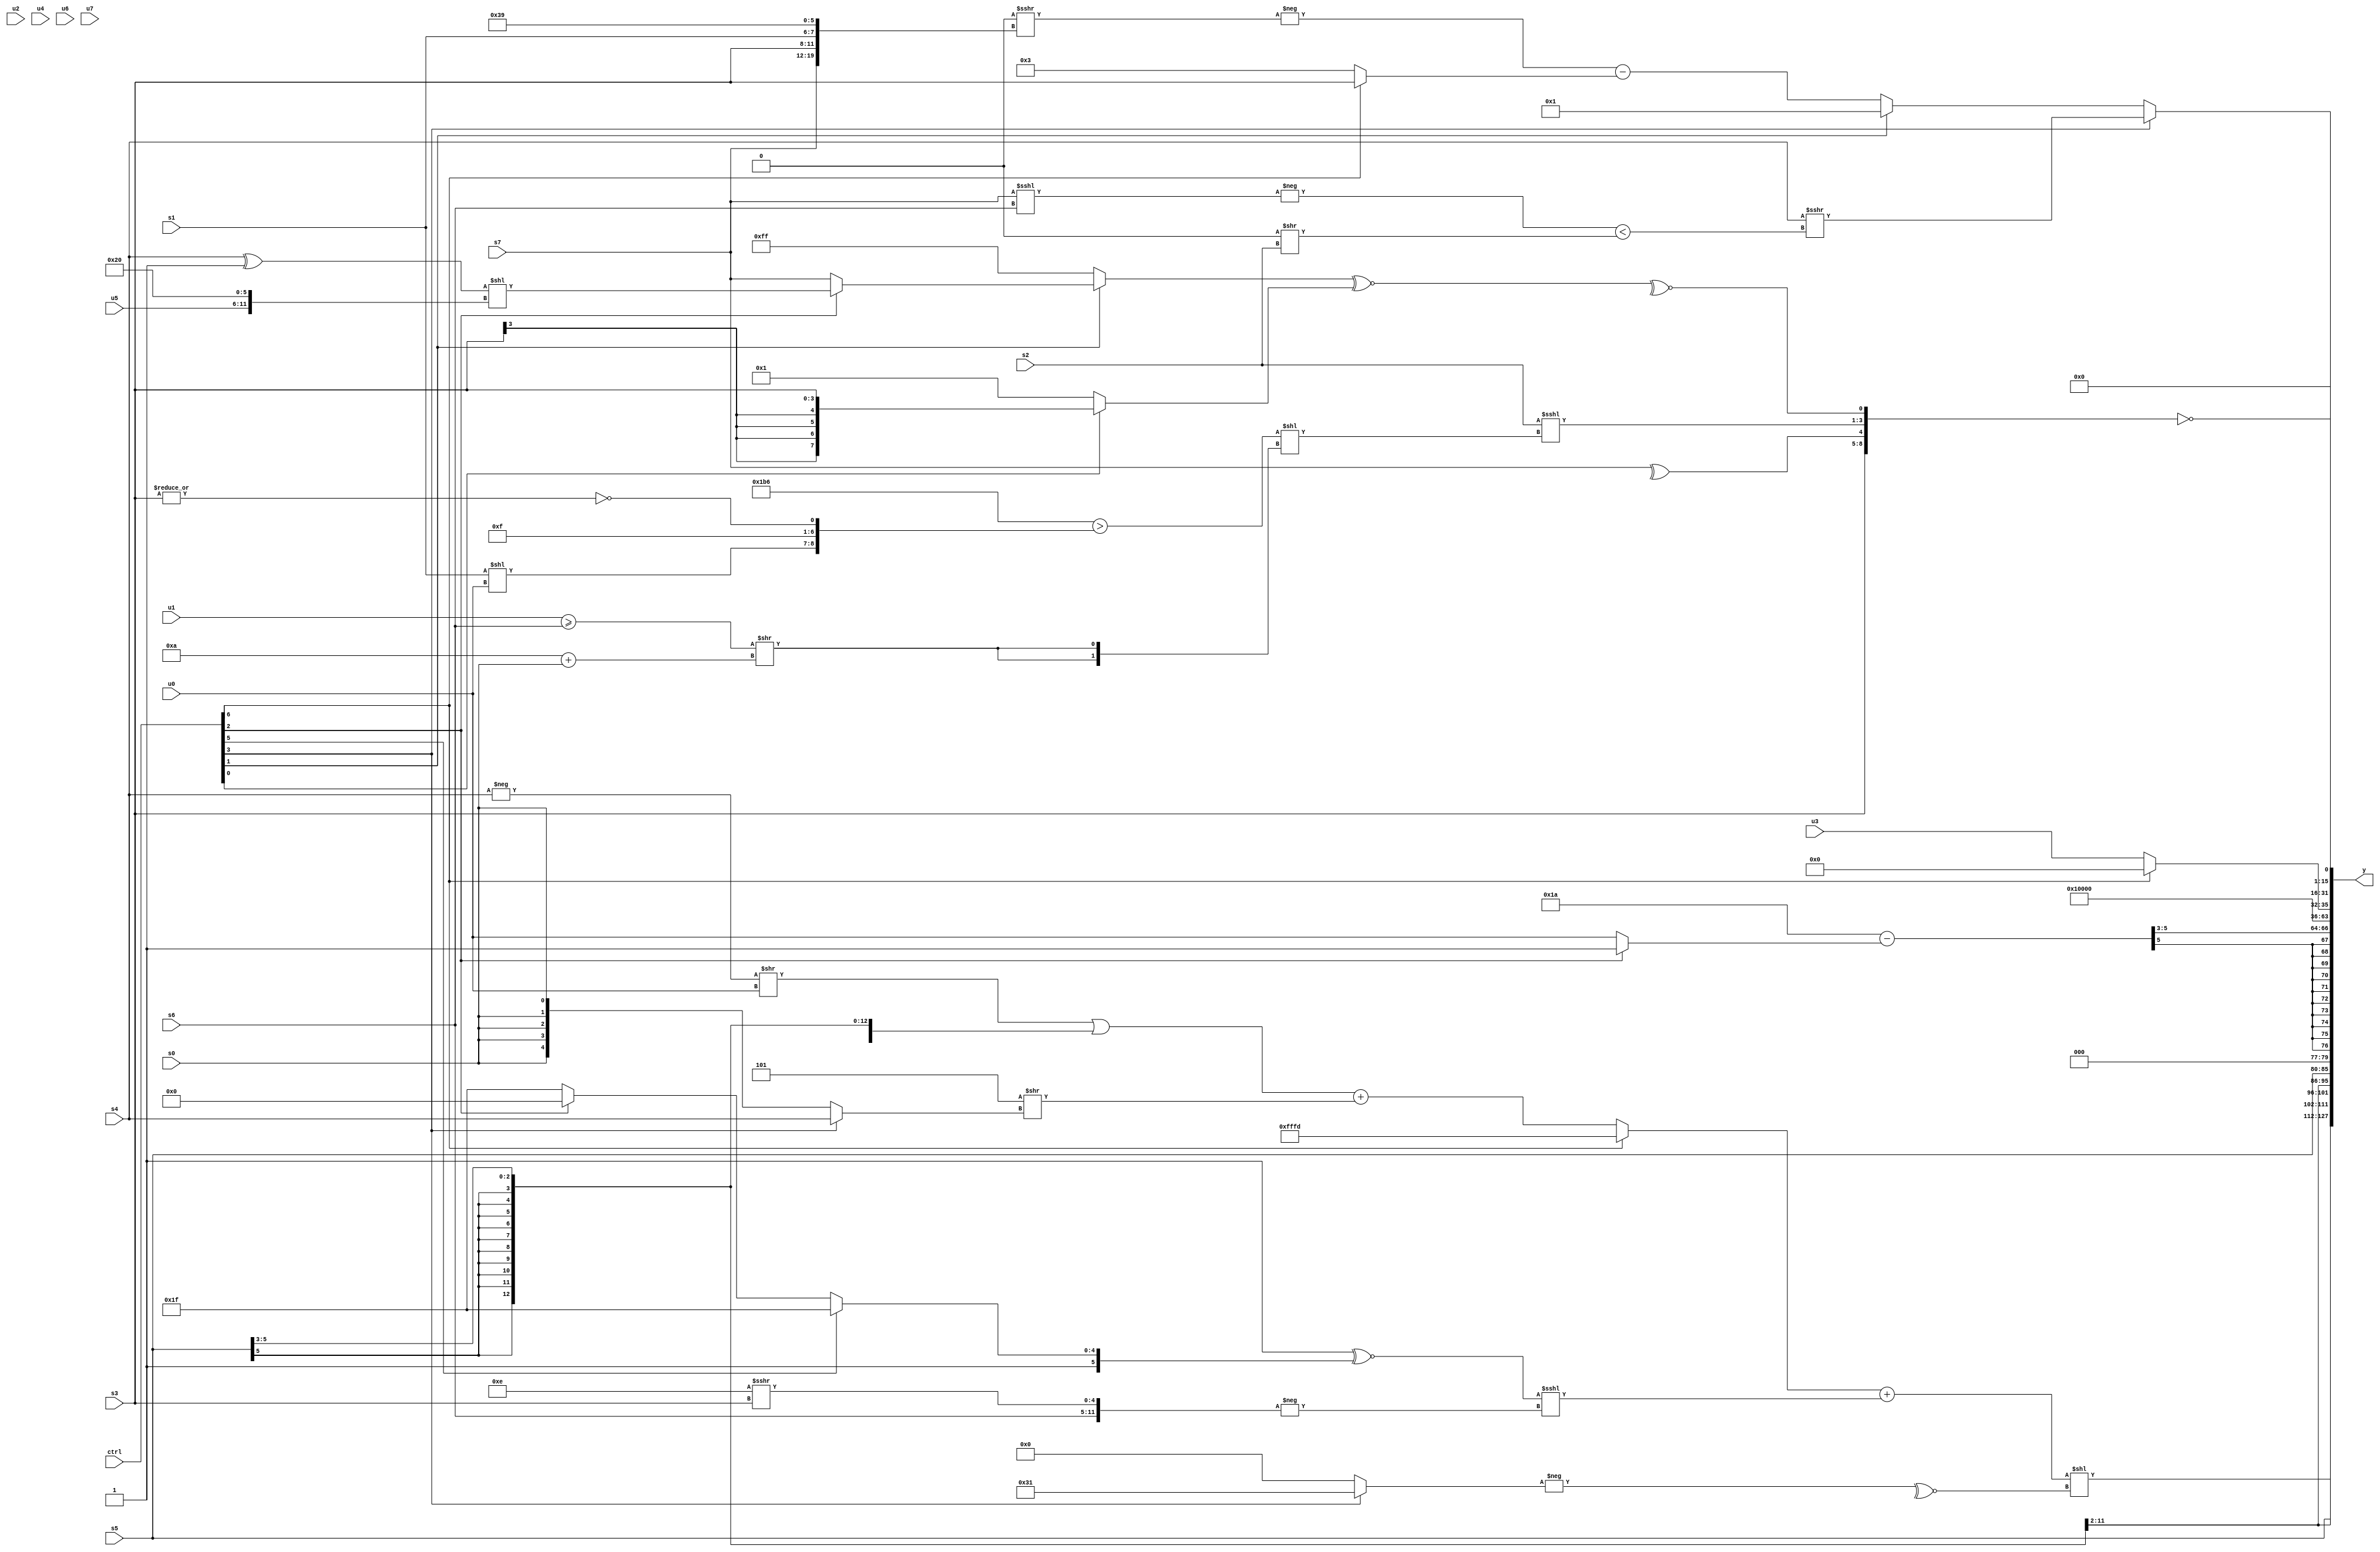
module wideexpr_00969(ctrl, u0, u1, u2, u3, u4, u5, u6, u7, s0, s1, s2, s3, s4, s5, s6, s7, y);
  input [7:0] ctrl;
  input [0:0] u0;
  input [1:0] u1;
  input [2:0] u2;
  input [3:0] u3;
  input [4:0] u4;
  input [5:0] u5;
  input [6:0] u6;
  input [7:0] u7;
  input signed [0:0] s0;
  input signed [1:0] s1;
  input signed [2:0] s2;
  input signed [3:0] s3;
  input signed [4:0] s4;
  input signed [5:0] s5;
  input signed [6:0] s6;
  input signed [7:0] s7;
  output [127:0] y;
  wire [15:0] y0;
  wire [15:0] y1;
  wire [15:0] y2;
  wire [15:0] y3;
  wire [15:0] y4;
  wire [15:0] y5;
  wire [15:0] y6;
  wire [15:0] y7;
  assign y = {y0,y1,y2,y3,y4,y5,y6,y7};
  assign y0 = (((ctrl[6]?3'sb101:(((-(s4))>>(u0))|((s5)>>(2'sb11)))+((-(3'sb011))>>((ctrl[3]?$signed(s4):s0)))))+($signed(((1'sb1)^~((ctrl[5]?-(6'sb000001):(ctrl[2]?6'sb100000:1'sb1))))<<<(-({-(1'sb0),s6,(5'b01110)>>>(s3)})))))<<(~^(-((ctrl[3]?6'sb110001:-(({3{1'b0}})|((3'sb000)==(2'sb01)))))));
  assign y1 = s5;
  assign y2 = s5;
  assign y3 = (({5'sb11010})-((ctrl[2]?1'b1:u0)))>>>(2'sb11);
  assign y4 = (2'sb01)<<<((6'b100001)<<(4'sb0010));
  assign y5 = $unsigned((ctrl[6]?&(2'sb10):u3));
  assign y6 = (ctrl[3]?(s4)>>>(($signed(-((s7)<<<(s6))))<($signed(+((1'sb0)>>(s2))))):(ctrl[1]?2'sb01:(-((3'sb000)>>>({s7,s3,s1,6'sb111001})))-((ctrl[6]?s3:4'sb0011))));
  assign y7 = !({s3,+(^(s7)),(s2)<<<(-(($signed(({3{(3'sb110)-(1'sb0)}})>({(s1)<<(u0),-(1'sb0),5'b01111,~|(s3)})))<<({2{(($signed(u1))>=(s6))>>((4'sb1010)+(s0))}}))),~^((((ctrl[1]?(ctrl[2]?((s4)^(5'sb11111))<<({u5,6'b100000}):s7):2'sb11))^~((ctrl[0]?+(s3):2'sb01)))>>(2'sb00))});
endmodule